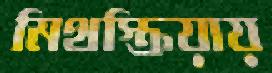
মিথস্ক্রিয়ায়